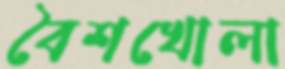
বৈশখোলা